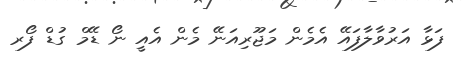
ފަޅާ އަރުވާލާފައޭ އެމެން މަޖޫރިއަނޭ މެން އެއީ ނޯ ޑޭމް ގުޑް ފޯރ